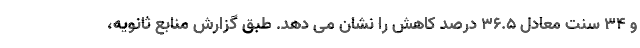
و ۳۴ سنت معادل ۳۶.۵ درصد کاهش را نشان می دهد. طبق گزارش منابع ثانویه،